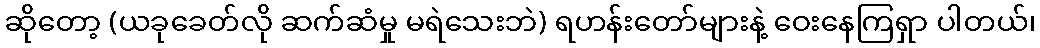
ဆိုတော့ (ယခုခေတ်လို ဆက်ဆံမှု မရဲသေးဘဲ) ရဟန်းတော်များနဲ့ ဝေးနေကြရှာ ပါတယ်၊